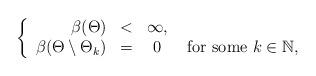
LaTeX: \begin{align*}\left\lbrace\begin{array}{rccr}\beta(\Theta) & < & \infty, & \\\beta(\Theta\setminus \Theta_k) & = & 0 & \textrm{ for some } k\in\mathbb N,\end{array} \right.\end{align*}